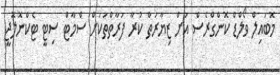
މޮބައިލް ވޯލްޑް ކޮންގްރެސް އަށް ޒިޔާރަތް ކުރާ ފަރާތްތަކަށް ސްމާޓް ސިޓީ ޓެކްނޮލޮޖީ